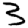
Digit: 3